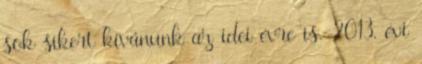
sok sikert kívánunk az idei évre is. 2013. évi